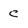
Character: C